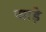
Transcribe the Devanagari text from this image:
जाड़े़